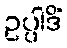
ဥပ္ပါဒိံ